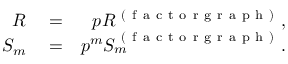
\begin{array} { r l r } { R } & { { } = } & { p R ^ { \mathrm { ~ ( ~ f ~ a ~ c ~ t ~ o ~ r ~ g ~ r ~ a ~ p ~ h ~ ) ~ } } , } \\ { S _ { m } } & { { } = } & { p ^ { m } S _ { m } ^ { \mathrm { ~ ( ~ f ~ a ~ c ~ t ~ o ~ r ~ g ~ r ~ a ~ p ~ h ~ ) ~ } } . } \end{array}